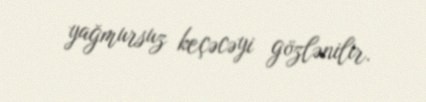
yağmursuz keçəcəyi gözlənilir.